Civil Veterinary Department. Madras. Admin. report 1926-33 - 1926-1933
Year: 1926
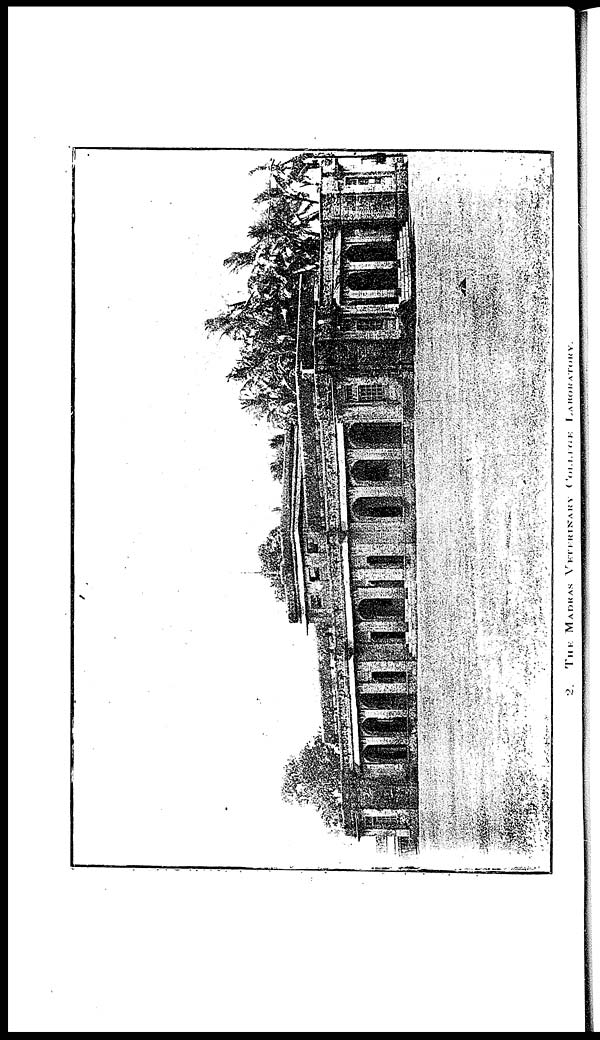
2.
THE
MADRAS VETERINARY
COLLEGE
LABORATORY.